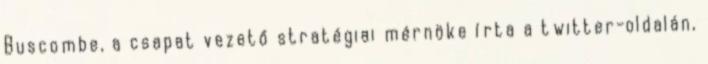
Buscombe, a csapat vezető stratégiai mérnöke írta a twitter-oldalán,